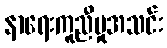
နာရေးကူညီမှုအသင်း